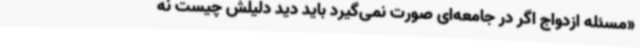
«مسئله ازدواج اگر در جامعه‌ای صورت نمی‌گیرد باید دید دلیلش چیست نه